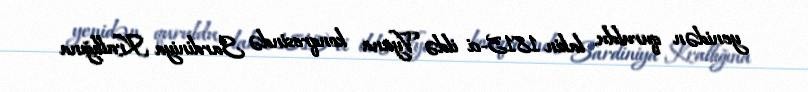
yenidən quruldu, lakin 1815-ci ildə Vyana konqresində Sardiniya Krallığına